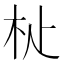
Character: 𣏡